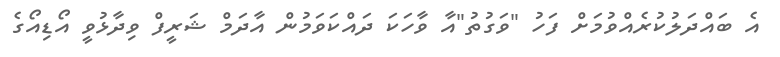
އެ ބައްދަލުކުރެއްވުމަށް ފަހު "ވަގުތު"އާ ވާހަކަ ދައްކަވަމުން އާދަމް ޝަރީފް ވިދާޅުވީ އޯޑިއޯގެ